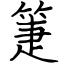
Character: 箑